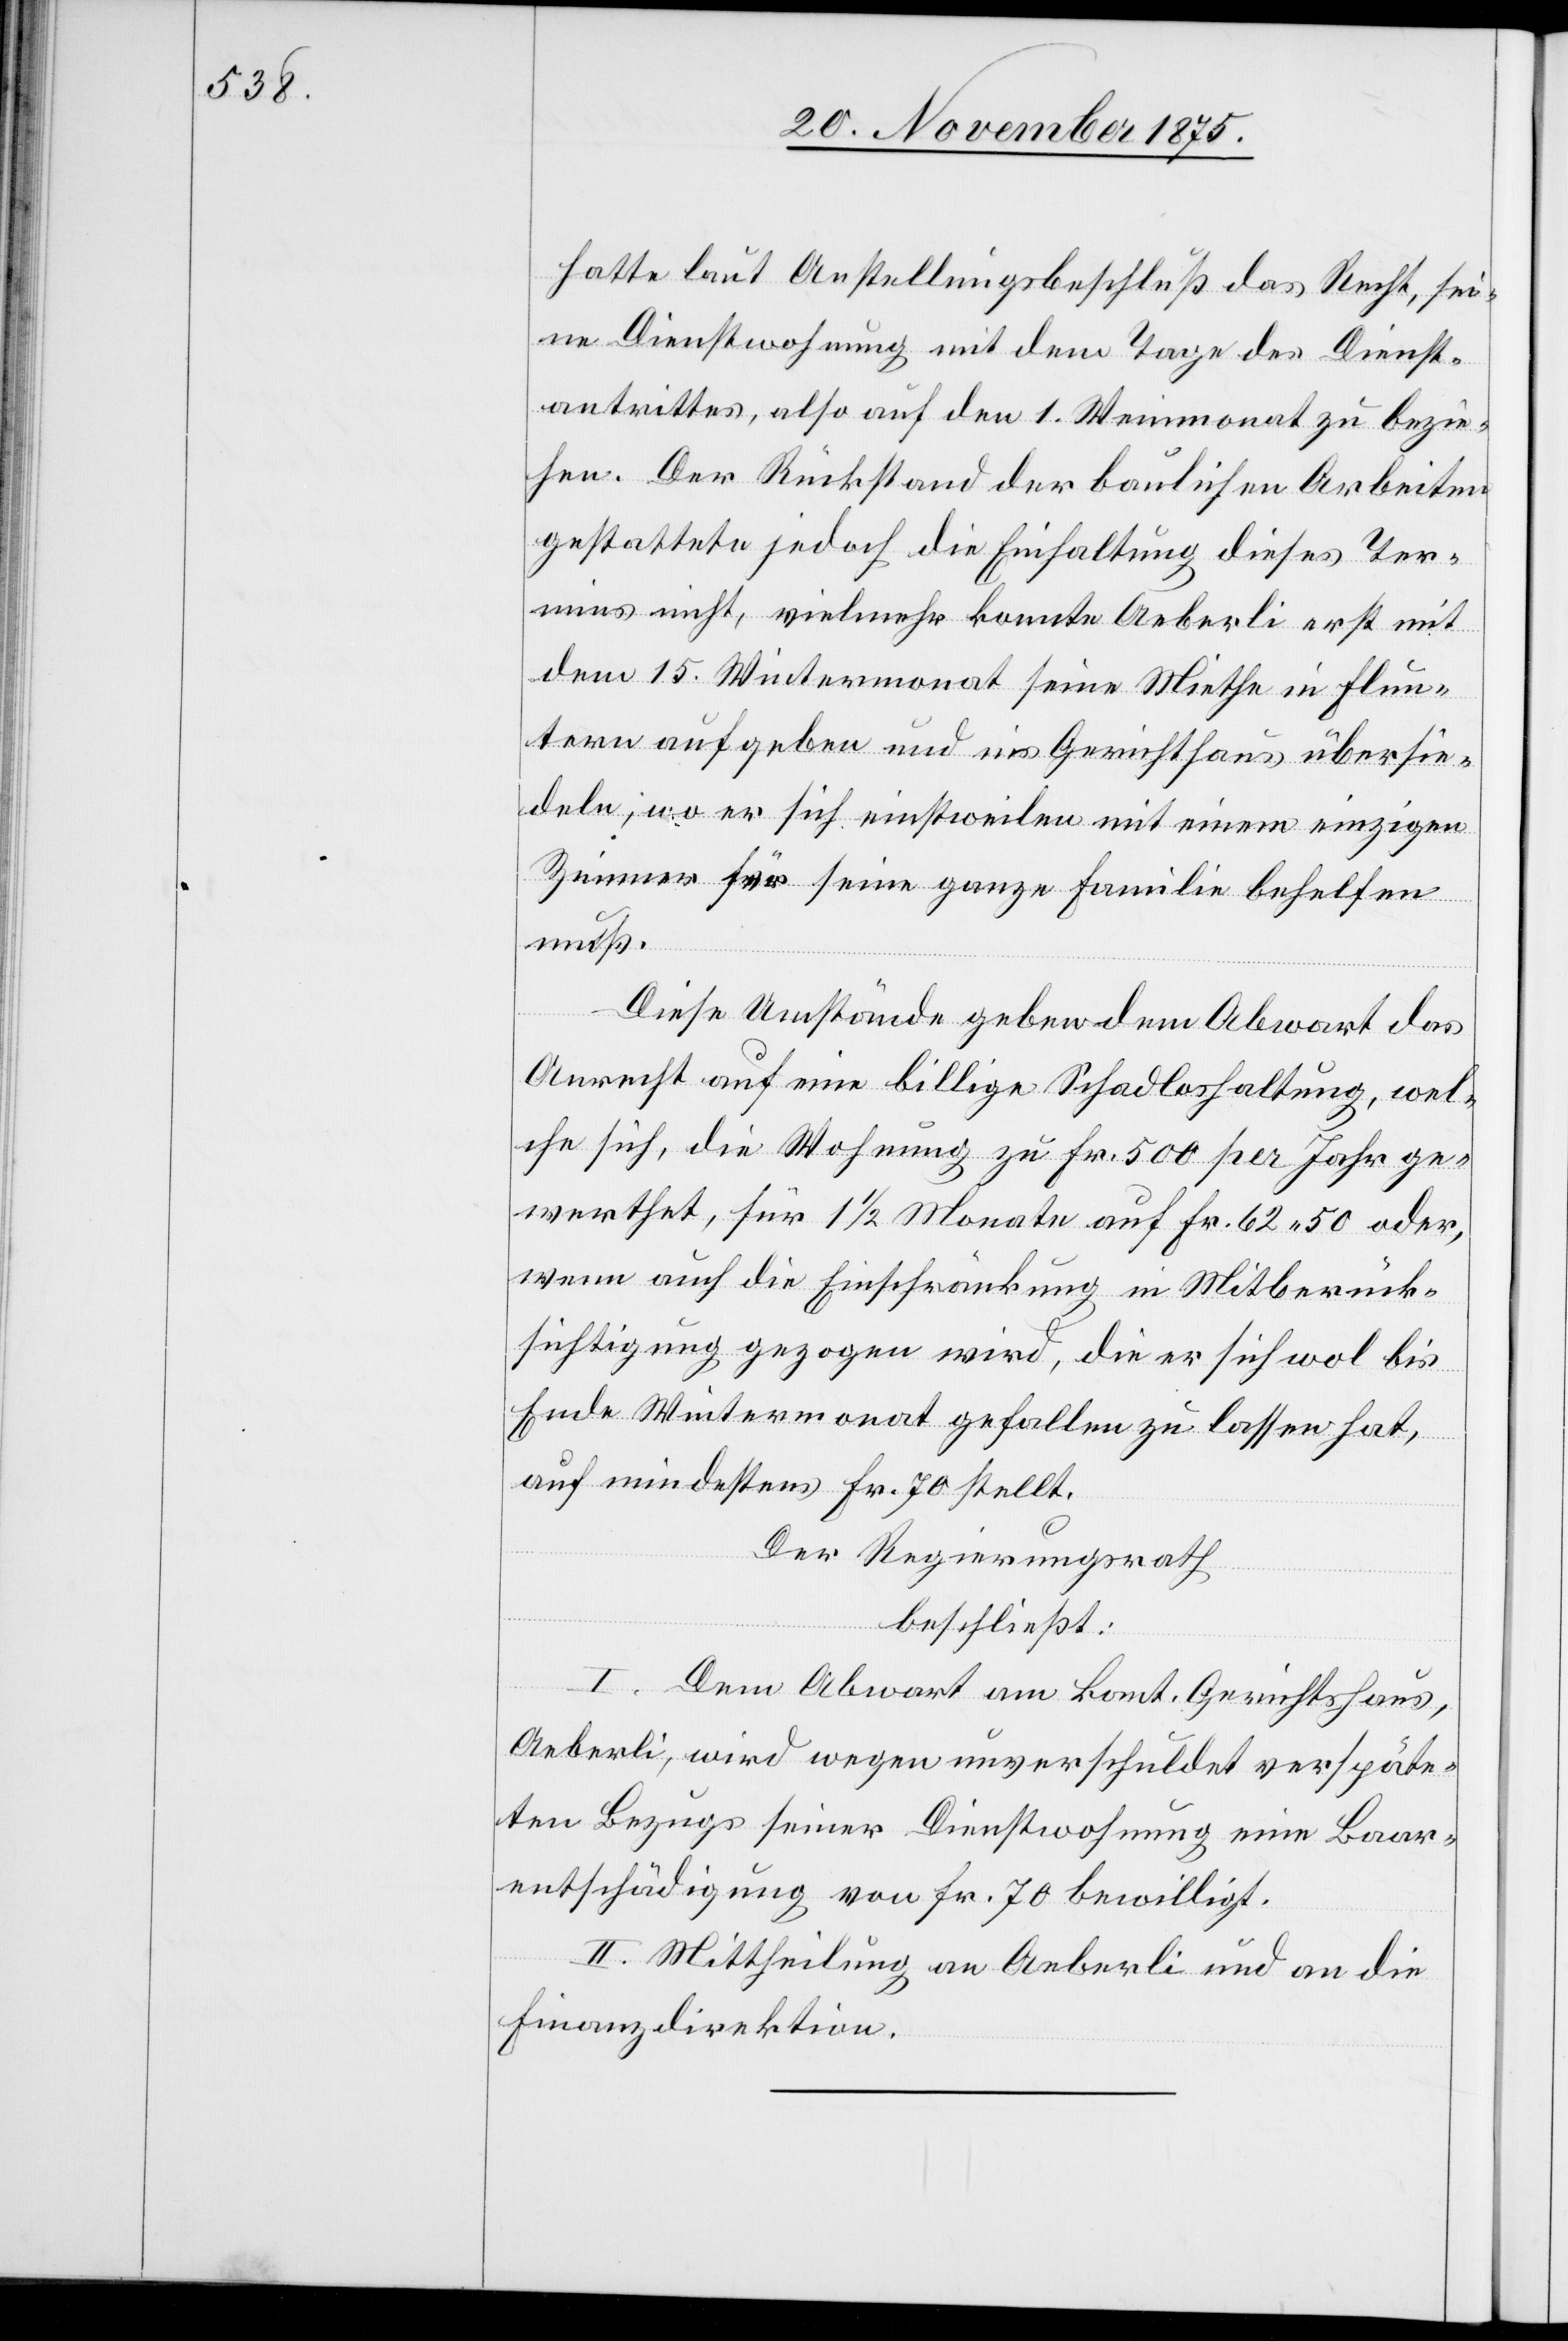
hatte laut Anstellungsbeschluß das Recht, sei¬
ne Dienstwohnung mit dem Tage des Dienst¬
antrittes, also auf den 1. Weinmonat zu bezie¬
hen. Der Rückstand der baulichen Arbeiten
gestattete jedoch die Einhaltung dieses Ter¬
mins nicht, vielmehr konnte Aeberli erst mit
dem 15. Wintermonat seine Miethe in Flun¬
tern aufgeben und ins Gerichthaus übersie¬
deln, wo er sich einstweilen mit einem einzigen
Zimmer für seine ganze Familie behelfen
muß.
Diese Umstände geben dem Abwart das
Anrecht auf eine billige Schadloshaltung, wel¬
che sich, die Wohnung zu Fr. 500 per Jahr ge¬
werthet, für 1 1/2 Monate auf Fr. 62 50 oder,
wenn auch die Einschränkung in Mitberück¬
sichtigung gezogen wird, die er sich wol bis
Ende Wintermonat gefallen zu lassen hat,
auf mindestens Fr. 70 stellt.
Der Regierungsrath
beschließt:
I. Dem Abwart am kant. Gerichtshaus,
Aeberli, wird wegen unverschuldet verspäte¬
ten Bezugs seiner Dienstwohnung eine Baar¬
entschädigung von Fr. 70 bewilligt.
II. Mittheilung an Aeberli und an die
Finanzdirektion.